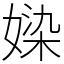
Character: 媣